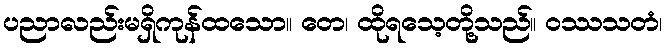
ပညာလည်းမရှိကုန်ထသော။ တေ၊ ထိုရသေ့တို့သည်။ ဝဿသတံ၊